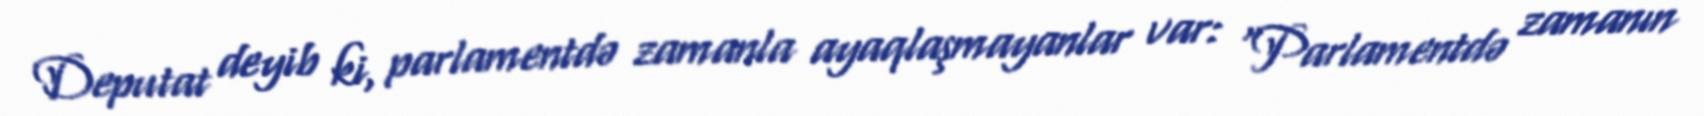
Deputat deyib ki, parlamentdə zamanla ayaqlaşmayanlar var: “Parlamentdə zamanın